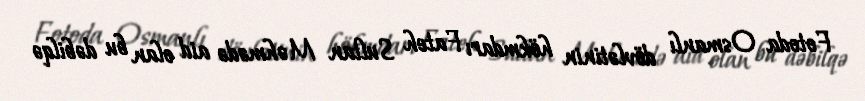
Fotoda Osmanlı dövlətinin hökmdarı Fateh Sultan Məhmədə aid olan bu dəbilqə